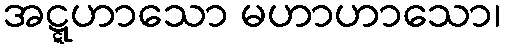
အဋ္ဋဟာသော မဟာဟာသော၊